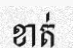
ខាត់